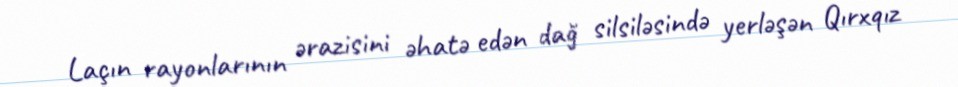
Laçın rayonlarının ərazisini əhatə edən dağ silsiləsində yerləşən Qırxqız